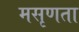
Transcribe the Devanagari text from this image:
मसृणता